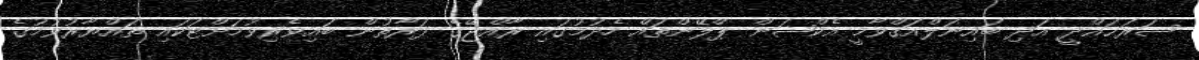
ސަރަޙައްދީ އަދި ބައިނަލްއަޤްވާމީ އެކްޝަން ޕްލޭންތައް ހެދުމުގައި ރާއްޖޭގެ ފަރާތުން ބައިވެރިވުމަށްޓަކައި ތައްޔާރުވުމުގެ